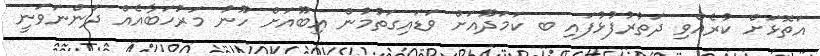
އަތޮޅަށް ކުރެއްވި ދަތުރުފުޅުފައި ބ ކަމަދޫއަށް ވަޑައިގަތުމުން އިބޫއަށް ހޫނު މަރުހަބާއެއް ދަންނަވަނީ